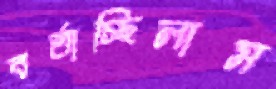
বর্তাচ্ছিলাম